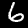
Label: 6